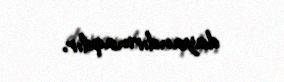
dayandırmaqdır.